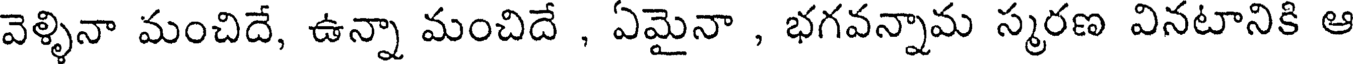
వెళ్ళినా మంచిదే, ఉన్నా మంచిదే , ఏమైనా , భగవన్నామ స్మరణ వినటానికి ఆ